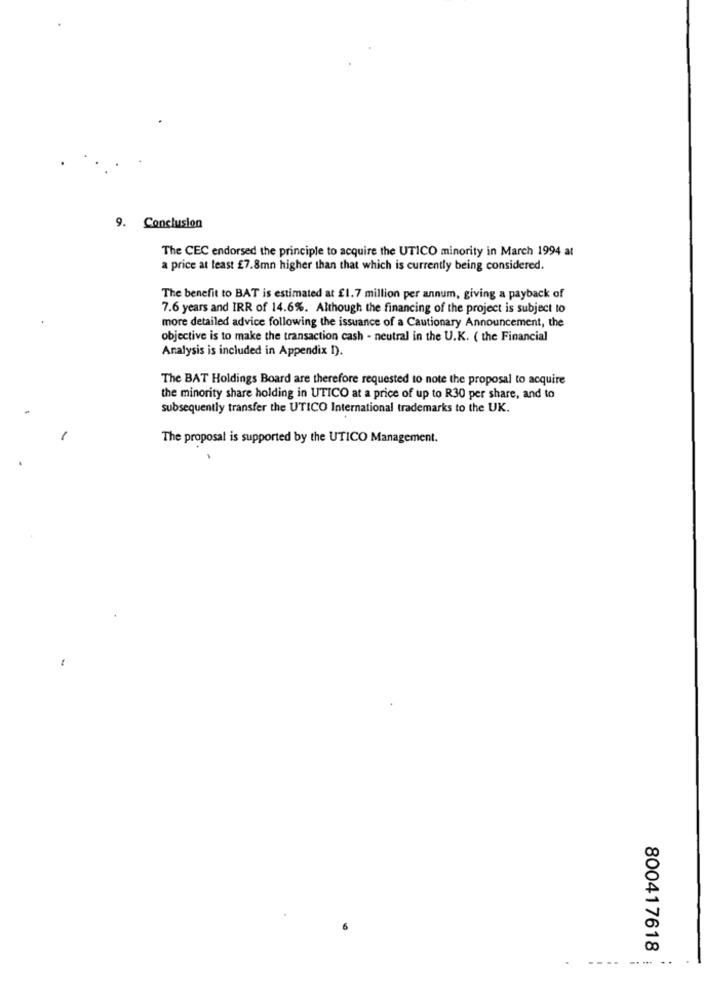
9. Conclusion
The CEC endorsed the principle to acquire the UTICO minority in March 1994 at
a price at least £7.8mn higher than that which is currently being considered.
The benefit to BAT is estimated at £1.7 million per annum, giving a payback of
7.6 years and IRR of 14.6%. Although the financing of the project is subject to
more detailed advice following the issuance of a Cautionary Announcement, the
objective is to make the transaction cash - neutral in the U.K. ( the Financial
Analysis is included in Appendix I).
The BAT Holdings Board are therefore requested to note the proposal to acquire
the minority share holding in UTICO at a price of up to R30 per share, and to
subsequently transfer the UTICO International trademarks to the UK.
The proposal is supported by the UTICO Management.
800417618